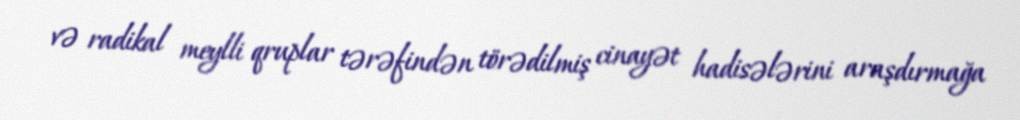
və radikal meylli qruplar tərəfindən törədilmiş cinayət hadisələrini araşdırmağa